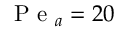
\mathrm { ~ P ~ e ~ } _ { a } = 2 0